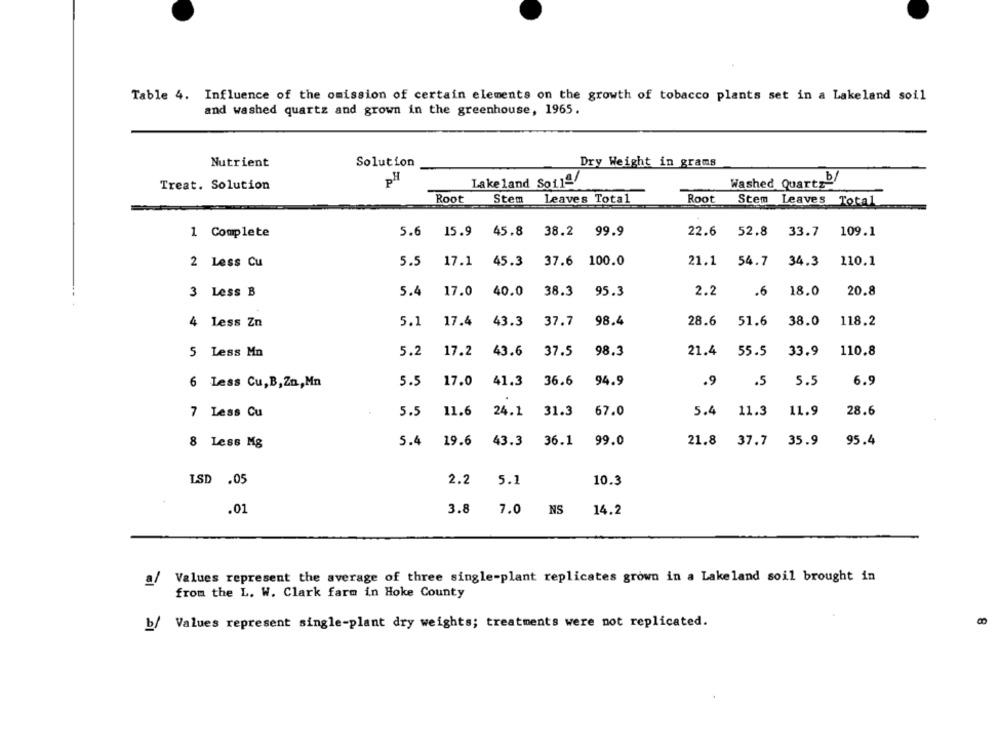
Table 4. Influence of the omission of certain elements on the growth of tobacco plants set in a Lakeland soil
and washed quartz and grown in the greenhouse, 1965.
Nutrient
Solution
Dry Weight in grams
PH
Treat. Solution
Lakeland Soilª
Washed Quartz
Root
Stem
Leaves Total
Root
Stem Leaves Total
5.6 15.9
45.8 38.2 99.9
22.6 52.8
33.7
109.1
1 Complete
5.5
17.1
45.3
37.6 100.0
21.1
54.7
34.3
110.1
2 Less Cu
5.4
17.0
40.0
38.3
95.3
2.2
.6
18.0
20.8
3 Less B
4 less Zn
5.1
17.4
43.3
37.7
98.4
28.6
51.6
38.0
118.2
5.2
17.2
43.6
37.5
98.3
21.4
55.5
33.9
110.8
5 Less Mn
5.5
17.0
41.3
36.6
94.9
.9
.5
5.5
6.9
6 Less Cu,B,Zn,Mn
5.5
11.6
24.1
31.3
67.0
5.4 11.3
11.9
28.6
7 Less Cu
5.4 19.6
43.3
36.1
99.0
21.8 37.7 35.9
95.4
8 Less Mg
ISD .05
2.2
5.1
10.3
.01
3.8
7.0 NS
14.2
al
Values represent the average of three single-plant replicates grown in a Lakeland soil brought in
from the L. W. Clark farm in Hoke County
b/
Values represent single-plant dry weights; treatments were not replicated.